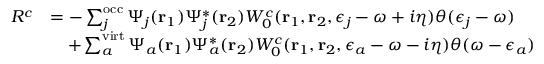
\begin{array} { r l } { R ^ { c } } & { = - \sum _ { j } ^ { \mathrm { o c c } } \Psi _ { j } ( \mathbf { r } _ { 1 } ) \Psi _ { j } ^ { * } ( \mathbf { r } _ { 2 } ) W _ { 0 } ^ { c } ( \mathbf { r } _ { 1 } , \mathbf { r } _ { 2 } , \epsilon _ { j } - \omega + i \eta ) \theta ( \epsilon _ { j } - \omega ) } \\ & { \quad + \sum _ { a } ^ { \mathrm { v i r t } } \Psi _ { a } ( \mathbf { r } _ { 1 } ) \Psi _ { a } ^ { * } ( \mathbf { r } _ { 2 } ) W _ { 0 } ^ { c } ( \mathbf { r } _ { 1 } , \mathbf { r } _ { 2 } , \epsilon _ { a } - \omega - i \eta ) \theta ( \omega - \epsilon _ { a } ) } \end{array}